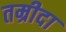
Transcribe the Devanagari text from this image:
तम्रीदा